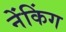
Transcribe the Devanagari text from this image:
नेंकिंग